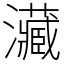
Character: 㶓